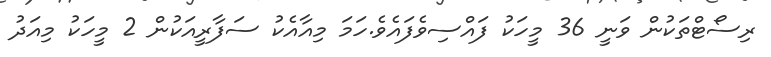
ރިސޯޓްތަކުން ވަނީ 36 މީހަކު ފައްސިވެފައެވެ.ހަމަ މިއާއެކު ސަފާރީއަކުން 2 މީހަކު މިއަދު